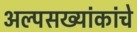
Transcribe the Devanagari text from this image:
अल्पसख्यांकांचे